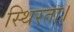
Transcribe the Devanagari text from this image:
स्थिरता।